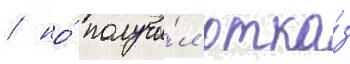
/ но́ получи́л отка́з